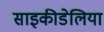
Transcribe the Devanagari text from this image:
साइकीडेलिया